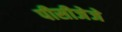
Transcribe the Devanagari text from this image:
पीसीजेजे